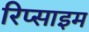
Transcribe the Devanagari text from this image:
रिप्साइम